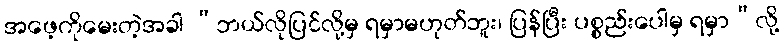
အဖေ့ကိုမေးတဲ့အခါ “ဘယ်လိုပြင်လို့မှ ရမှာမဟုတ်ဘူး၊ ပြန်ပြီး ပစ္စည်းပေါမှ ရမှာ”လို့